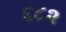
૬૮૨